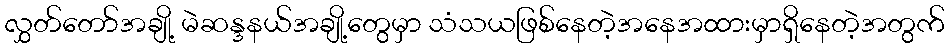
လွှတ်တော်အချို့ မဲဆန္ဒနယ်အချို့တွေမှာ သံသယဖြစ်နေတဲ့အနေအထားမှာရှိနေတဲ့အတွက်